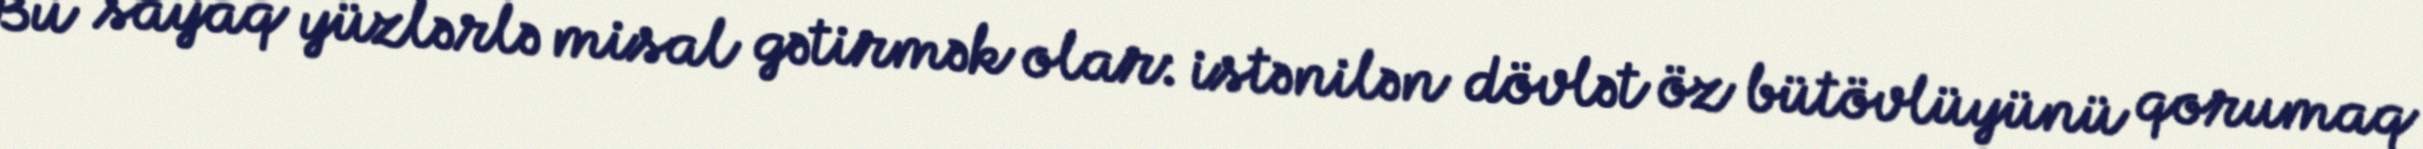
Bu sayaq yüzlərlə misal gətirmək olar: istənilən dövlət öz bütövlüyünü qorumaq